Report on vaccination in Madras 1877-1894 - 1877-1894
Year: 1877
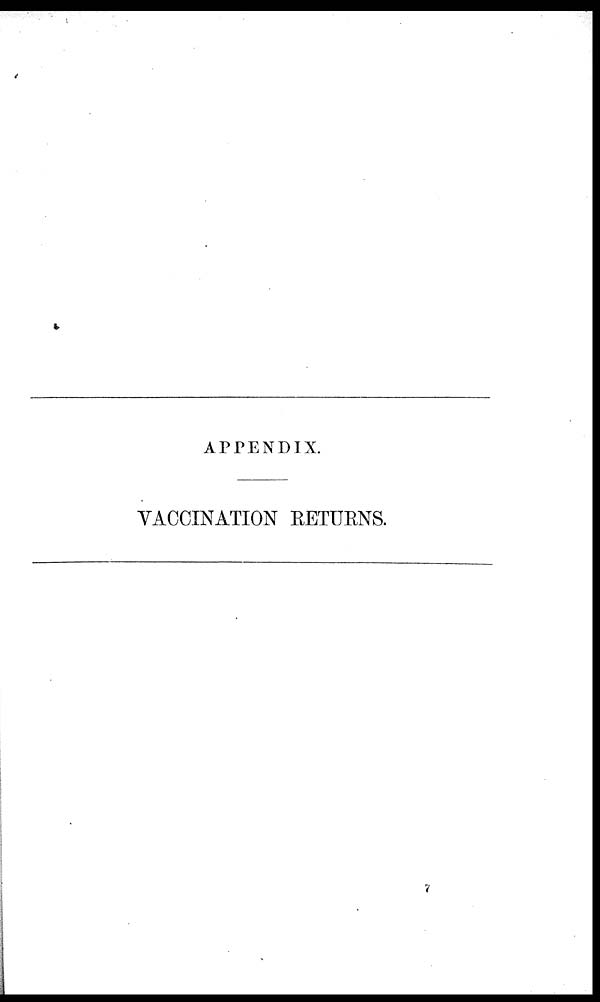
APPENDIX.
VACCINATION RETURNS.
7